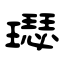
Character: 璱